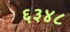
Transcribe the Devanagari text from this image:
६३४८